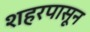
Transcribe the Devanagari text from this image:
शहरपासून